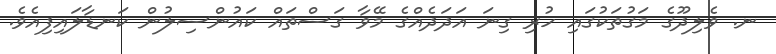
ނ. ވެލިދޫގެ މަގުތަކުގައި ހުރި ގިނަ އަދަދެއްގެ މޭވާ ގަސްތައް ކައުންސިލުން ކަނޑާލައިފިއެވެ.